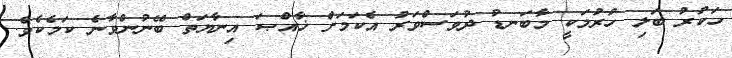
ހަކުރު ބަލި ހުރުމަކީ މާބަނޑު ދުވަސްވަރު އެކަމަށް ޚާއްޞަ އިނާޔަތް ބޭނުންވާނެ ކަމެކެވެ.